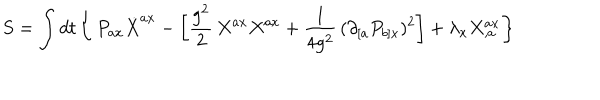
LaTeX: S = \int d t \left\{ \, P _ { a x } \dot { X } ^ { a x } - \left[ \frac { g ^ { 2 } } { 2 } \, X ^ { a x } X ^ { a x } + \frac { 1 } { 4 g ^ { 2 } } \, ( \partial _ { [ a } P _ { b ] x } ) ^ { 2 } \right] + \lambda _ { x } X _ { , a } ^ { a x } \right\}